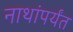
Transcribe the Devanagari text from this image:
नाथांपर्यंत